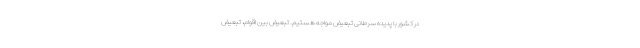
در کشور با پدیده سرطانی تبعیض مواجه هستیم. تبعیض بین اقوام، تبعیض